Lunatic asylums Punjab 1881-1894 - 1881-1894
Year: 1881
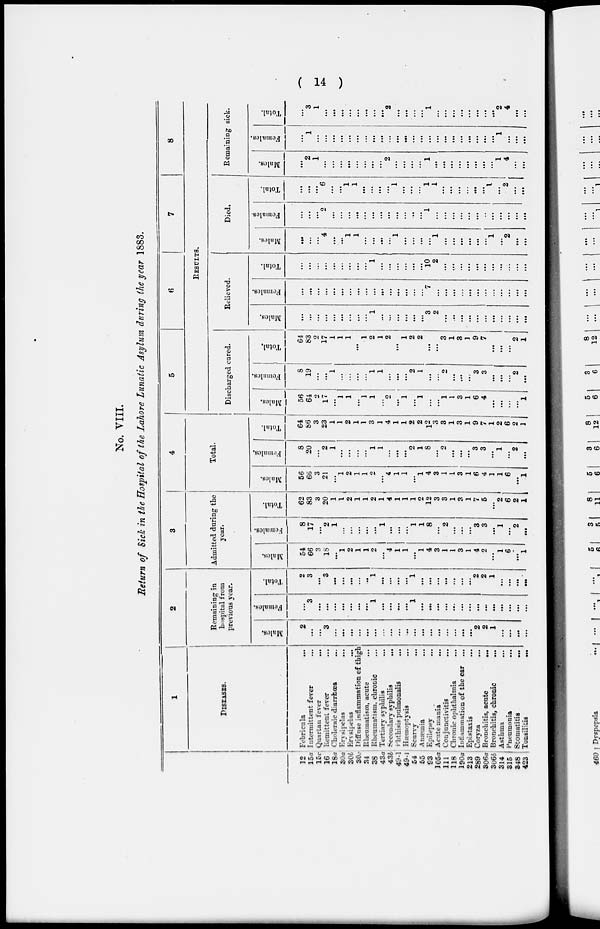
( 14 )
No. VIII.
Return of Sick in the Hospital of the Lahore Lunatic Asylum during the year 1883.
12
15a
15c
16
18a
30a
30b
30c
34
38
43a
43b
49-1
49-1
54
55
93
305a
III
118
190a
213
289
306a
306b
314
315
348
423
1
DISEASES.
Febricula ...
Intermittent fever ...
Quartan fever
...
Remittent fever ...
Choleraic diarrhœa ...
Ervsipelas ...
Ervsipelas
...
Diffuse inflammation of thigh
Rheumatism, acute ...
Rheumatism, chronic ...
Tertiary syphilis ...
Secondary syphilis
...
Phthisis puhmonalis ...
Hæmoptysis ...
Scurvy ...
Anæmia ...
Epilepsy ...
Acute mania
...
Coujunctivitis ...
Chronic ophthalmia ...
Inflammation of the ear ...
Epistaxis ...
Corvza ...
Bronchitis, acute
...
Bronchitis, chronic
...
Asthma
...
Pneumonia ...
Stomatitis ...
Tonsilitis ...
2
Remaining in
hospital from
previous year.
Males.
2
...
...
3
...
...
...
...
...
...
...
...
...
...
...
...
...
...
...
...
...
2
2
1
...
...
...
...
Females.
...
3
...
...
...
...
...
...
...
1
...
...
...
...
1
...
...
...
...
...
...
...
...
...
...
...
...
...
...
Total.
2
3
...
3
...
...
...
...
...
1
...
...
...
...
1
...
...
...
...
...
...
...
2
2
1
...
...
...
...
3
Admitted during the
year.
Males.
54
66
3
18
...
1
2
1
1
2
...
4
1
1
...
1
4
3
1
1
3
1
4
2
...
1
6
...
1
Females.
8
17
...
2
1
...
...
...
...
...
1
...
...
...
1
1
8
...
2
...
...
...
3
3
...
1
...
2
...
Total.
62
83
3
20
1
1
2
1
1
2
1
4
1
1
1
2
12
3
3
1
3
1
7
5
...
2
6
2
1
4
Total.
Males.
56
66
3
21
...
1
2
1
1
2
...
4
1
1
...
1
4
3
1
1
3
1
6
4
1
1
6
...
1
Females.
8
20
...
2
1
...
...
...
...
1
1
...
...
...
2
1
8
...
2
...
...
...
3
3
...
1
...
2
...
Total.
64
86
3
23
1
1
2
1
1
3
1
4
1
1
2
2
12
3
3
1
3
1
9
7
1
2
6
2
1
5
6
7
8
RESULTS.
Discharged cured.
Males.
56
64
2
17
...
1
1
...
1
1
...
2
...
1
...
1
...
...
1
1
3
1
6
4
...
...
...
...
1
Females.
8
19
...
...
1
...
...
...
...
1
1
...
...
2
1
...
...
2
...
...
...
3
3
...
...
...
2
...
Total.
64
83
2
17
1
1
1
...
1
2
1
2
...
1
2
2
...
...
3
1
3
1
9
7
...
...
...
2
1
Relieved.
Males.
...
...
...
...
...
...
...
...
...
1
...
...
...
...
...
...
3
2
...
...
...
...
...
...
...
...
...
...
...
Females.
...
...
...
...
...
...
...
...
...
...
...
...
...
...
...
...
7
...
...
...
...
...
...
...
...
...
...
...
...
Total.
...
...
...
...
...
...
...
...
...
1
...
...
...
...
...
...
10
2
...
...
...
...
...
...
...
...
...
...
...
Died.
Males.
...
...
...
4
...
...
1
1
...
...
...
...
1
...
...
...
...
1
...
...
...
...
...
...
1
...
2
...
...
Females.
...
...
...
2
...
...
...
...
...
...
...
...
...
...
...
...
1
...
...
...
...
...
...
...
...
...
...
...
...
Total.
...
...
...
6
...
...
1
1
...
...
...
...
1
...
...
...
1
1
...
...
...
...
...
...
1
...
2
...
...
Remaining sick.
Males.
...
2
1
...
...
...
...
...
...
...
...
2
...
...
...
...
1
...
...
...
...
...
...
...
...
1
4
...
...
Females.
...
1
...
...
...
...
...
...
...
...
...
...
...
...
...
...
...
...
...
...
...
...
...
...
...
1
...
...
...
Total.
...
3
1
...
...
...
...
...
...
...
...
2
...
...
...
...
1
...
...
...
...
...
...
...
...
2
4
...
...